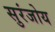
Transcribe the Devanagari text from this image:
सुरंजोय